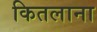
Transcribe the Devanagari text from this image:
कितलाना